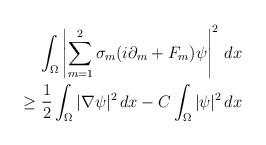
LaTeX: \begin{align*}\int_\Omega \left| \sum_{m=1}^2 \sigma_m (i\partial_m + F_m) \psi \right|^2 \, dx \\\geq \frac{1}{2} \int_\Omega |\nabla \psi|^2 \, dx - C \int_\Omega |\psi|^2 \, dx \end{align*}